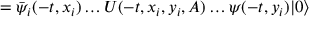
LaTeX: = \bar { \psi } _ { i } ( - t , x _ { i } ) \ldots U ( - t , x _ { i } , y _ { i } , A ) \ldots \psi ( - t , y _ { i } ) | 0 \rangle